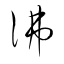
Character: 彿